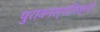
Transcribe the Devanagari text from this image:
पुरावनस्पतिज्ञों